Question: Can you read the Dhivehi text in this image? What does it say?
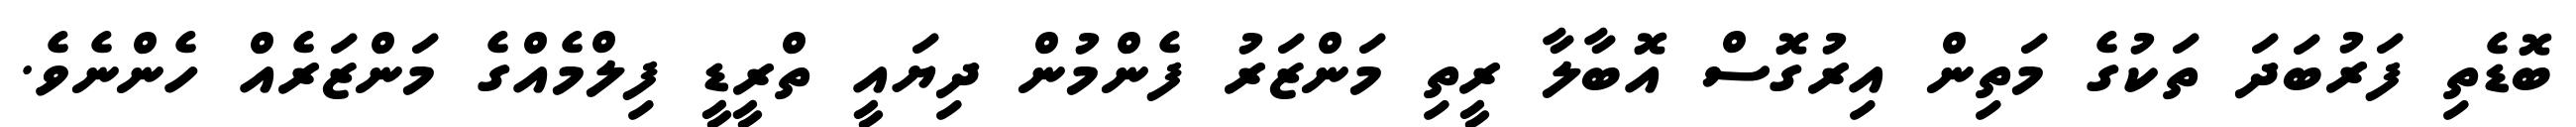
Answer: ބޮޑެތި ފަރުބަދަ ތަކުގެ މަތިން އިރުގޮސް އޮބާލާ ރީތި މަންޒަރު ފެންމުން ދިޔައީ ތްރީޑީ ފިލްމެއްގެ މަންޒަރެއް ހެންނެވެ.